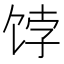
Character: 饽